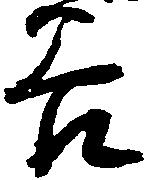
谷